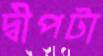
দ্বীপটা